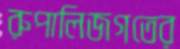
রুপালিজগতের